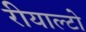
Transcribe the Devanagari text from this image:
रीयाल्टो